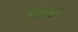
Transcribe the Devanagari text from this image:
लिंबाद्री